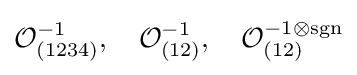
{\mathcal {O}}_{(1234)}^{-1},\quad {\mathcal {O}}_{(12)}^{-1},\quad {\mathcal {O}}_{(12)}^{-1\otimes \operatorname {sgn} }